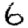
Digit: 6